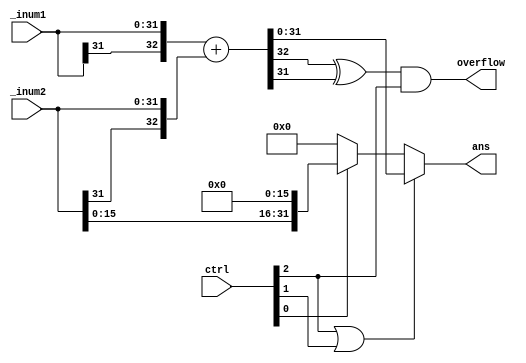
`timescale 1ns / 1ps
//////////////////////////////////////////////////////////////////////////////////
// Company: 
// Engineer: 
// 
// Design Name: 
// Module Name: alu
// Project Name: 
// Target Devices: 
// Tool Versions: 
// Description: 
// 
// Dependencies: 
// 
// Revision:
// Revision 0.01 - File Created
// Additional Comments:
// 
//////////////////////////////////////////////////////////////////////////////////


module alu(
    input [2:0] ctrl,
    input [31:0] _inum1,
    input [31:0] _inum2,
    output [31:0] ans,
    output overflow
    );
    
    wire [32:0] inum1;
    wire [32:0] inum2;
    wire [32:0] add_ans;
    wire [31:0] lui_ans;
    
    //
    assign inum1 = {_inum1[31],_inum1};
    assign inum2 = {_inum2[31],_inum2};
    assign add_ans = inum1 + inum2;
    assign overflow = (add_ans[32] ^ add_ans[31]) && ctrl[2];    // add addiu
    
    //lui
    assign lui_ans = {_inum2[15:0],16'b0};
    
    //
    assign ans = (ctrl[2] || ctrl[1]) ? add_ans[31:0]:
                 (ctrl[0]) ? lui_ans : 32'b0;

endmodule